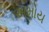
અમોય